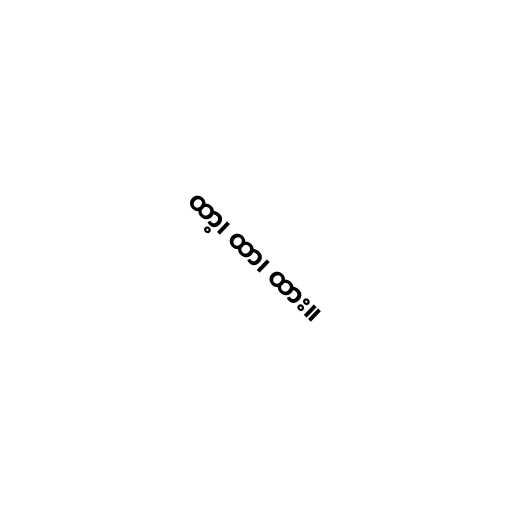
ထာ့၊ ထာ၊ ထား။